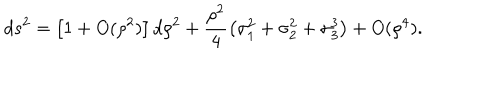
LaTeX: d s ^ { 2 } = \left[ 1 + O ( \rho ^ { 2 } ) \right] d \rho ^ { 2 } + \frac { \rho ^ { 2 } } { 4 } \left( \sigma _ { 1 } ^ { 2 } + \sigma _ { 2 } ^ { 2 } + \sigma _ { 3 } ^ { 3 } \right) + O ( \rho ^ { 4 } ) .